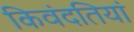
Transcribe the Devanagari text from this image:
किवंदतियां